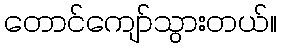
တောင်ကျော်သွားတယ်။